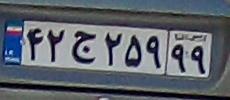
۴۲ج۲۵۹۹۹